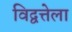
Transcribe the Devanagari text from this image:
विद्वत्तेला